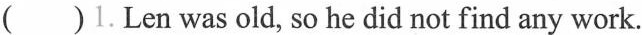
( )1.Len was old, so he did not find any work.